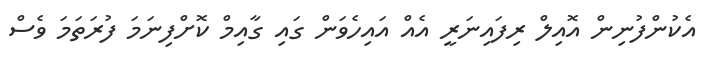
އެކުންފުނިން އޮއިލް ރިފައިނަރީ އެއް އައިހެވަން ގައި ގާއިމް ކޮށްފިނަމަ ފުރަތަަމަ ވެސް